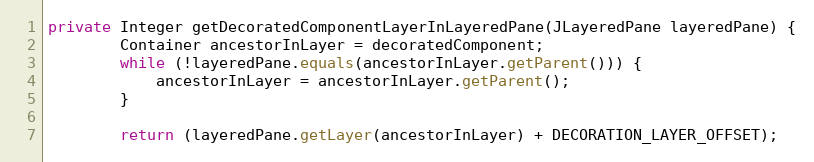
Language: Java
private Integer getDecoratedComponentLayerInLayeredPane(JLayeredPane layeredPane) {
        Container ancestorInLayer = decoratedComponent;
        while (!layeredPane.equals(ancestorInLayer.getParent())) {
            ancestorInLayer = ancestorInLayer.getParent();
        }

        return (layeredPane.getLayer(ancestorInLayer) + DECORATION_LAYER_OFFSET);